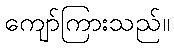
ကျော်ကြားသည်။